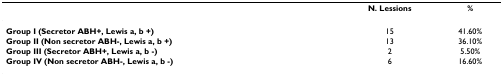
|  | N. Lessions | % |
 | --- | --- | --- |
 | Group I (Secretor ABH+, Lewis a, b +) | 15 | 41.60% |
 | Group II (Non secretor ABH-, Lewis a, b +) | 13 | 36.10% |
 | Group III (Secretor ABH+, Lewis a, b -) | 2 | 5.50% |
 | Group IV (Non secretor ABH-, Lewis a, b -) | 6 | 16.60% |